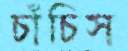
চাঁচিস